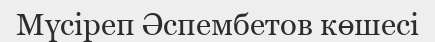
Мүсіреп Әспембетов көшесі